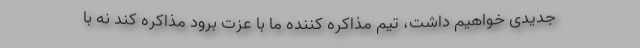
جدیدی خواهیم داشت، تیم مذاکره کننده ما با عزت برود مذاکره کند نه با